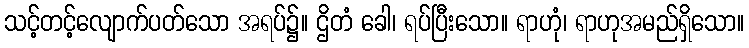
သင့်တင့်လျောက်ပတ်သော အရပ်၌။ ဌိတံ ခေါ၊ ရပ်ပြီးသော။ ရာဟုံ၊ ရာဟုအမည်ရှိသော။